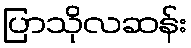
ပြာသိုလဆန်း